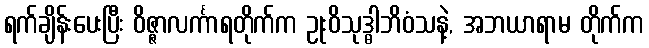
ရက်ချိန်းပေးပြီး ဝိဇ္ဇာလင်္ကာရတိုက်က ဥုးဝိသုဒ္ဓါဘိဝံသနဲ့, အဘယာရာမ တိုက်က